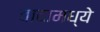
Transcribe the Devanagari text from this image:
वादामध्ये